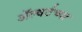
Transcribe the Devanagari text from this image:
ॲल्बर्टच्या